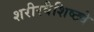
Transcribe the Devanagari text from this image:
शरीरवैशिष्ट्ये